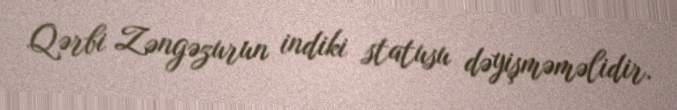
Qərbi Zəngəzurun indiki statusu dəyişməməlidir.